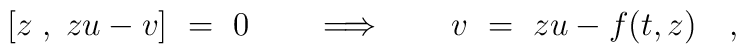
[z\;,\; zu-v]\ =\ 0 \qquad\Longrightarrow\qquad v\ =\ zu-f(t,z)\quad,